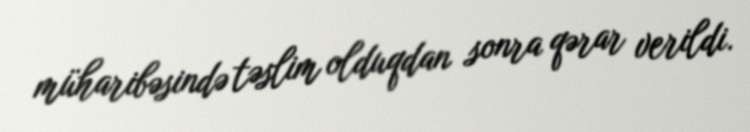
müharibəsində təslim olduqdan sonra qərar verildi.